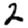
Digit: 2